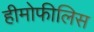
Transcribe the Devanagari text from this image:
हीमोफीलिस